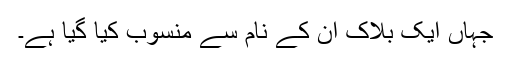
جہاں ایک بلاک اُن کے نام سے منسوب کیا گیا ہے۔